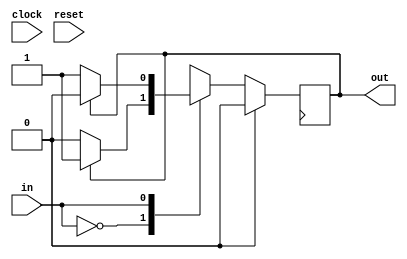
module pulsetoToggle(clock, reset, in, out);
	input clock, reset, in;
	output out;
	
	reg ps, ns;
	parameter A = 1'b0, B = 1'b1;
	
	always@(*)
		case (in)
			A: if (ps == A) begin
					ns <= A;
				end else begin
					ns <= B;
				end
			B: if (ps == A) begin
					ns <= B;
				end else begin
					ns <= A;
				end
			default: ns <= 1'bx;
		endcase
		
	always @(posedge Clock)
		if (Reset)
			ps <= A;
		else
			ps <= ns;
	
	assign out = ps;
	
endmodule